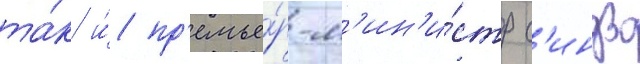
та́к и́ пр'емье́р-м'ин'и́стр с'индзо